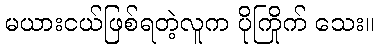
မယားငယ်ဖြစ်ရတဲ့လူက ပိုကြိုက် သေး။